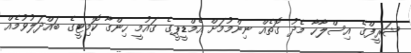
ޝަރީފްގެ އިސްލާހާ މެދު ގޮތެއް ނިންމުމަށް އެމްޑީޕީގެ ގައުމީ ހިންގާ ކޮމިޓީގެ ބައްދަލުވުމެއް